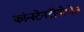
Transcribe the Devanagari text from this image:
कांन्स्टेनटीनोपोल